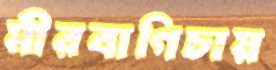
মীরবাগিচায়